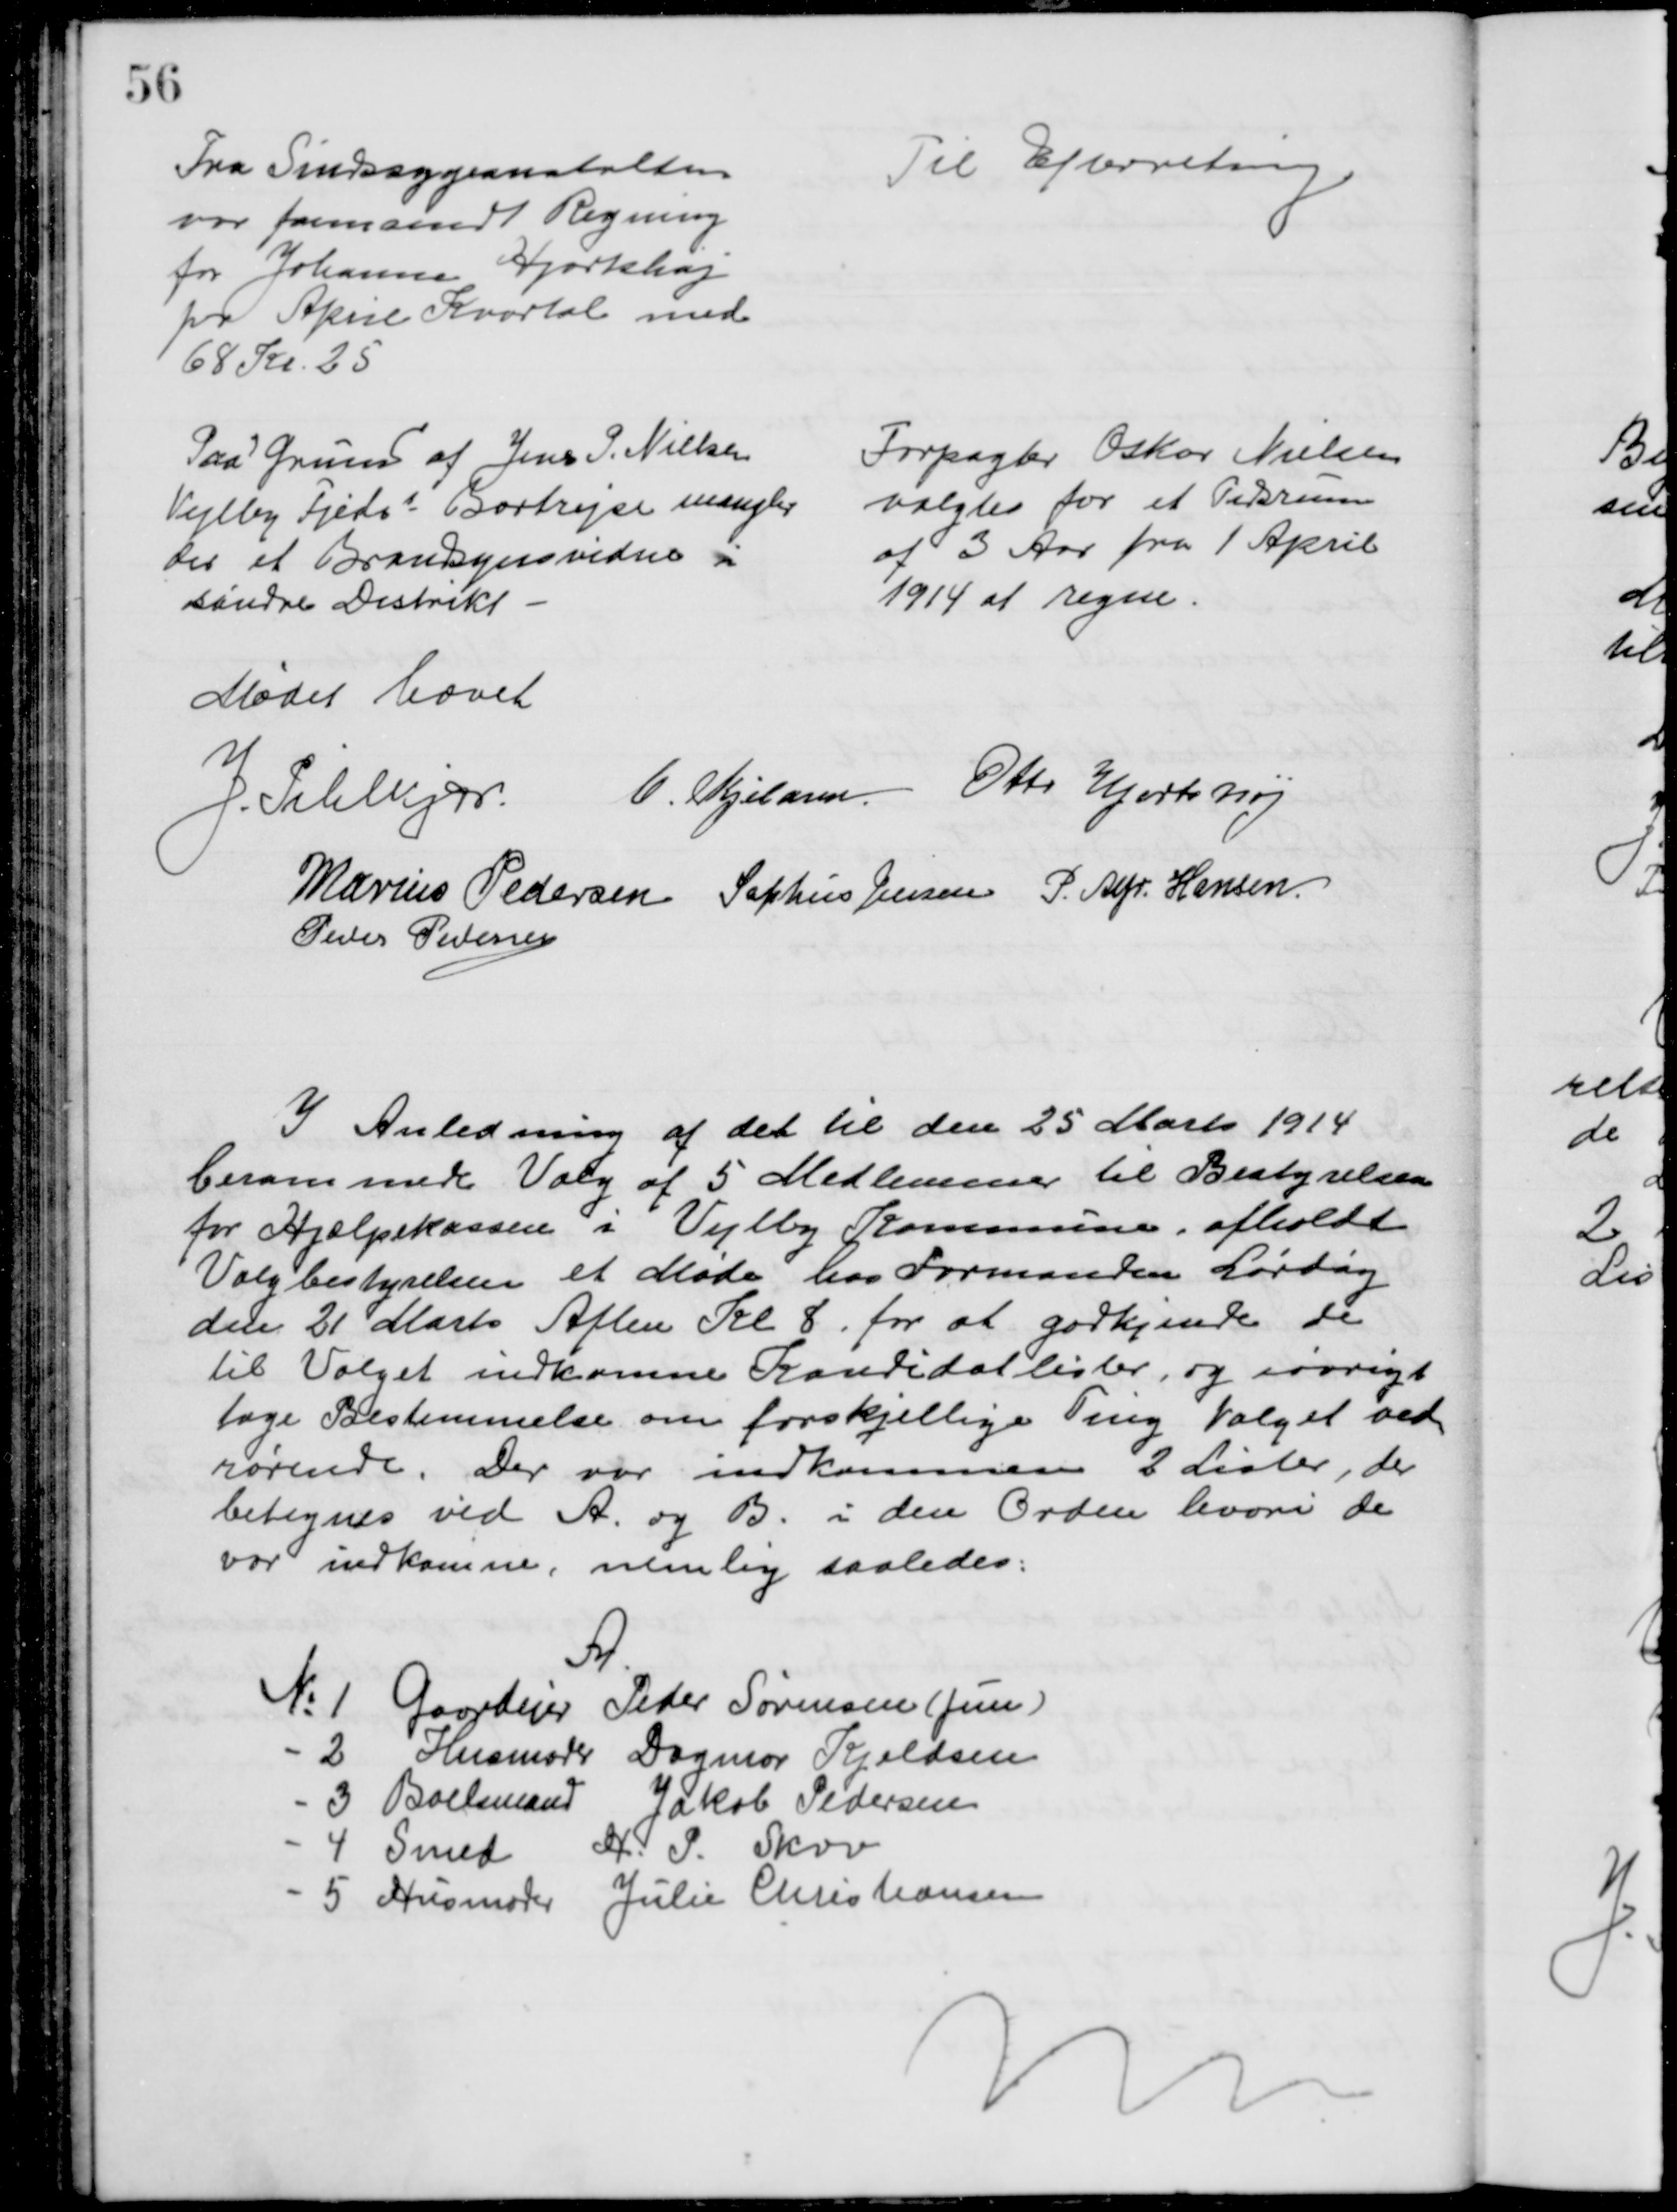
Transskription:
Fra Sindssygeanstalten
var fremsendt Regning
for Johanne Hjortshøj
pr April Kvartal med
68 Kr. 25
Til Efterretning
Paa Grund af Jens P. Nielsen
Vejlby Fjedss Bortrejse mangler
der et Brandsynsvidne i
søndre Distrikt
Forpagter Oskar Nielsen
valgtes for et Tidsrum
af 3 Aar fra 1 April
1914 at regne.
Mødet hævet
J. Pihlkjær.
C. Kjeldsen. Otto Hjortshøj
Marius Pedersen Sophus Jensen P. Alfr. Hansen.
Peder Pedersen
I Anledning af det til den 25 Marts 1914
berammede Valg af 5 Medlemmer til Bestyrelsen
for Hjælpekassen i Vejlby Kommune afholdt
Valgbestyrelsen et Møde hos Formanden Lørdag
den 21 Marts Aften Kl 8, for at godkjende de
til Valget indkomne Kandidatlister, og iøvrigt
tage Bestemmelse om forskjellige Ting Valget ved
rørende. Der var indkommen 2 Lister, der
betegnes ved A. og B. i den Orden hvori de
var indkomne, nemlig saaledes:
A.
№ 1 Gaardejer Peder Sørensen (jun)
2 Husmoder Dagmar Kjeldsen
3 Boelsmand Jakob Pedersen
4 Smed H. P. Skov
5 Husmoder Julie Christiansen